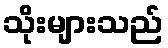
သိုးများသည်